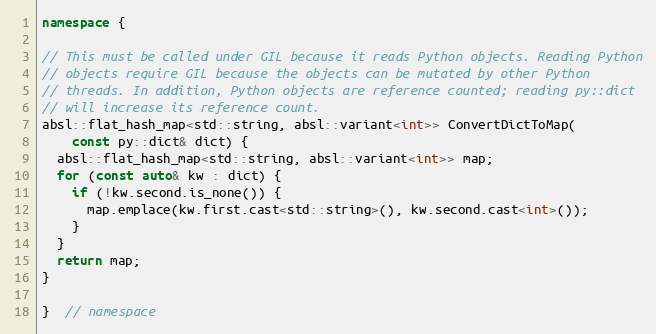
Language: C++
namespace {

// This must be called under GIL because it reads Python objects. Reading Python
// objects require GIL because the objects can be mutated by other Python
// threads. In addition, Python objects are reference counted; reading py::dict
// will increase its reference count.
absl::flat_hash_map<std::string, absl::variant<int>> ConvertDictToMap(
    const py::dict& dict) {
  absl::flat_hash_map<std::string, absl::variant<int>> map;
  for (const auto& kw : dict) {
    if (!kw.second.is_none()) {
      map.emplace(kw.first.cast<std::string>(), kw.second.cast<int>());
    }
  }
  return map;
}

}  // namespace